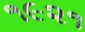
૧૯૨૧